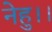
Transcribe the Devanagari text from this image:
नेहु।।